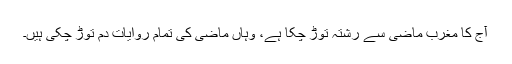
آج کا مغرب ماضی سے رشتہ توڑ چکا ہے، وہاں ماضی کی تمام روایات دم توڑ چکی ہیں۔